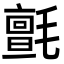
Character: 氈